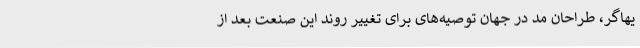
یهاگر، طراحان مد در جهان توصیه‌های برای تغییر روند این صنعت بعد از